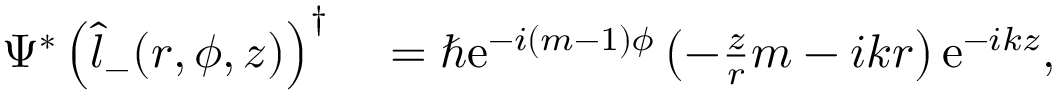
\begin{array} { r l } { \Psi ^ { * } \left( \hat { l } _ { - } ( r , \phi , z ) \right) ^ { \dagger } } & { { } = \hbar \mathrm { e } ^ { - i ( m - 1 ) \phi } \left( - \frac { z } { r } m - i k r \right) \mathrm { e } ^ { - i k z } , } \end{array}